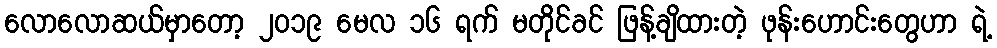
လောလောဆယ်မှာတော့ ၂၀၁၉ မေလ ၁၆ ရက် မတိုင်ခင် ဖြန့်ချိထားတဲ့ ဖုန်းဟောင်းတွေဟာ ရဲ့